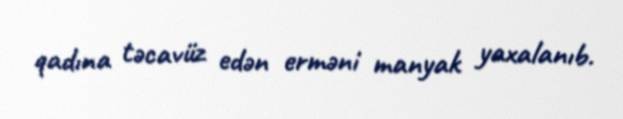
qadına təcavüz edən erməni manyak yaxalanıb.